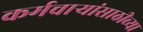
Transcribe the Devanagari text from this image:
कर्मचार्‍यांसाठीच्या